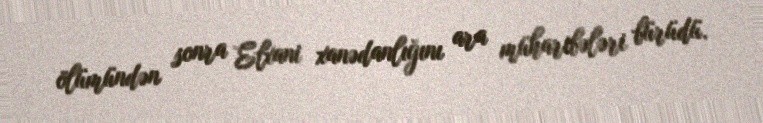
ölümündən sonra Elxani xanədanlığını ara müharibələri bürüdü.